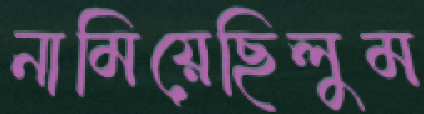
নামিয়েছিলুম